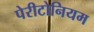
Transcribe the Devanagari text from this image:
पेरीटोनियम